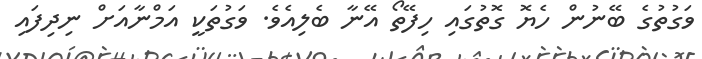
ވަގުތުގެ ބޭނުން ހެޔޮ ގޮތުގައި ހިފޭތޯ އޭނާ ބެލިއެވެ. ވަގުތަކީ އަމްނާއަށް ނިދިފައި